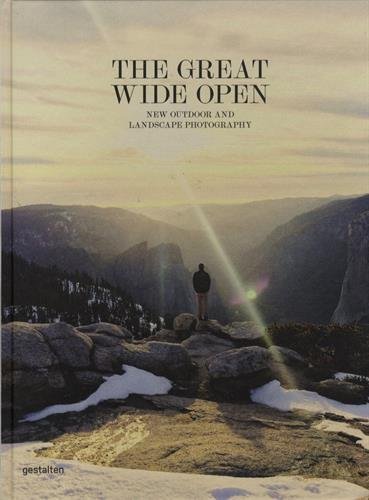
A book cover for The Great Wide Open: Outdoor Adventure & Landscape Photography; Arts & Photography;